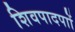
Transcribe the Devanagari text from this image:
शिवपादपाों